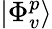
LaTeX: |\Phi_{v}^{p}\rangle